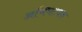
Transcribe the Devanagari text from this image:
अभिघट्यक